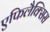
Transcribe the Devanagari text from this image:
एफिलैक्सिस